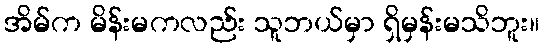
အိမ်က မိန်းမကလည်း သူဘယ်မှာ ရှိမှန်းမသိဘူး။